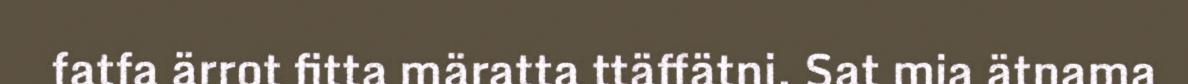
fatfa ärrot fitta märatta ttäffätni. Sat mia ätnama